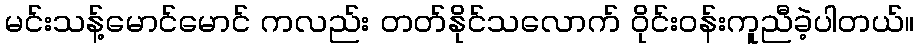
မင်းသန့်မောင်မောင် ကလည်း တတ်နိုင်သလောက် ဝိုင်းဝန်းကူညီခဲ့ပါတယ်။